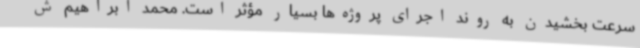
سرعت بخشیدن به روند اجرای پروژه‌ها بسیار مؤثر است. محمد ابراهیم ش